Report of the veterinary officer investigating camel disease
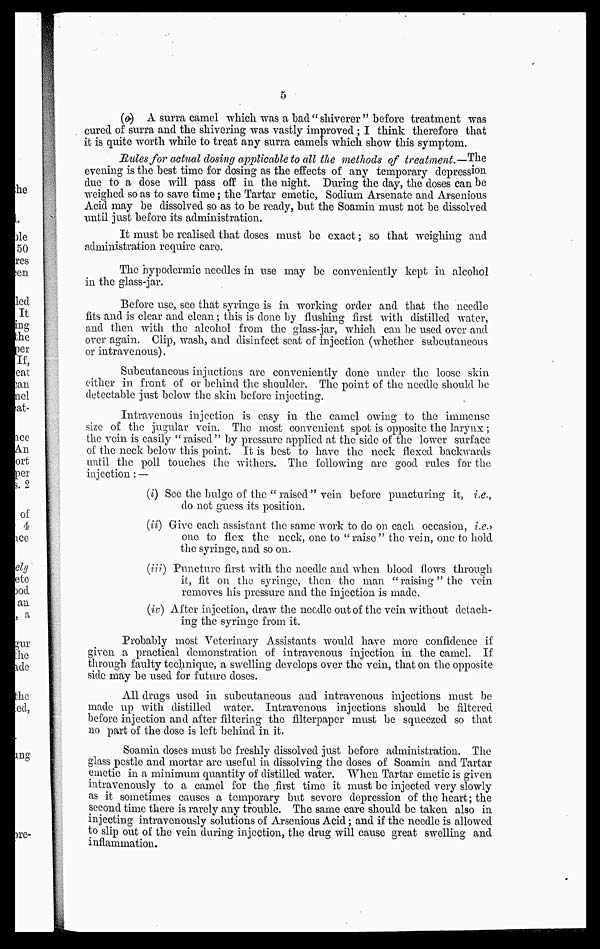
5
(e) A surra camel which was a had " shiverer " before treatment was
cured of surra and the shivering was vastly improved ; I think therefore that
it is quite worth while to treat any surra camels which show this symptom.
Utiles for actual closing applicable to all the methods of treatment.—The
evening is the best time for dosing as the effects of any temporary depression
due to a dose will pass off in the night. During the day, the doses can he
weighed so as to save time ; the Tartar emetic, Sodium Arsenate and Arsenious
Acid may be dissolved so as to be ready, but the Soamin must not be dissolved
until just before its administration.
It must be realised that doses must be exact ; so that weighing and
administration require care.
The hypodermic needles in use may be conveniently kept in alcohol
in the glass-jar.
Before use, see that syringe is in working order and that the needle
fits and is clear and clean ; this is clone by flushing first with distilled water,
and then with the alcohol from the glass-jar, which can be used over and
over again. Clip, wash, and disinfect seat of injection (whether subcutaneous
or intravenous).
Subcutaneous injuctions arc conveniently done under the loose skin
either in front of or behind the shoulder. The point of the needle should be
detectable just below the skin before injecting.
Intravenous injection is easy in the camel owing to the immense
size of the jugular vein. The most convenient spot is opposite the larynx ;
the vein is easily "raised" by pressure applied at the side of the lower surface
of the neck below this point. It is best to have the neck flexed backwards
until the poll touches the withers. The following are good rules for the
injection:—
(i) See the bulge of the " raised" vein before puncturing it, i.e.,
do not guess its position.
(ii) Give each assistant the same work to do on each occasion, i.e.,
one to flex the neck, one to "raise" the vein, one to hold
the syringe, and so on.
(iii) Puncture first with the needle and when blood flows through
it, fit on the syringe, then the man "raising "the vein
removes his pressure and the injection is made.
(iv) After injection, draw the needle out of the vein without detach-
ing the syringe from it.
Probably most Veterinary Assistants would have more confidence if
given a practical demonstration of intravenous injection in the camel. If
through faulty technique, a swelling develops over the vein, that on the opposite
side may be used for future closes.
All drugs used in subcutaneous and intravenous injections must be
made up with distilled water. Intravenous injections should be filtered
before injection and after filtering the filterpaper must be squeezed so that
no part of the close is left behind in it.
Soamin doses must be freshly dissolved just before administration. The
glass pestle and mortar are useful in dissolving the doses of Soamin and Tartar
emetic in a minimum quantity of distilled water. When Tartar emetic is given
intravenously to a camel for the first time it must be injected very slowly
as it sometimes causes a temporary but severe depression of the heart; the
second time there is rarely any trouble. The same care should be taken also in
injecting intravenously solutions of Arsenious Acid ; and if the needle is allowed
to slip out of the vein during injection, the drug will cause great swelling and
inflammation.